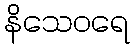
နိသေဝရေ